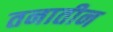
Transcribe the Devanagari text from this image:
तनातीन